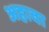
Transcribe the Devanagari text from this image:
अहावा